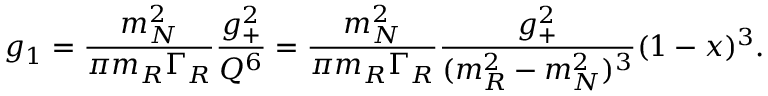
g _ { 1 } = { \frac { m _ { N } ^ { 2 } } { \pi m _ { R } \Gamma _ { R } } } { \frac { g _ { + } ^ { 2 } } { Q ^ { 6 } } } = { \frac { m _ { N } ^ { 2 } } { \pi m _ { R } \Gamma _ { R } } } { \frac { g _ { + } ^ { 2 } } { ( m _ { R } ^ { 2 } - m _ { N } ^ { 2 } ) ^ { 3 } } } ( 1 - x ) ^ { 3 } .